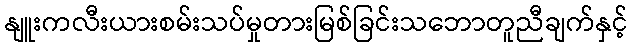
နျူးကလီးယားစမ်းသပ်မှုတားမြစ်ခြင်းသဘောတူညီချက်နှင့်